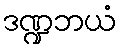
ဒဏ္ဍဘယံ